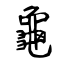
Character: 龜